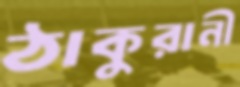
ঠাকুরানী